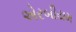
એરબીયમ